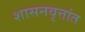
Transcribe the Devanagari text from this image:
शासनवृत्तांत